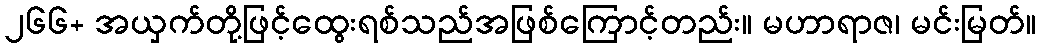
၂၆၆+ အယှက်တို့ဖြင့်ထွေးရစ်သည်အဖြစ်ကြောင့်တည်း။ မဟာရာဇ၊ မင်းမြတ်။